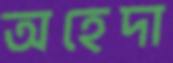
অহেদা